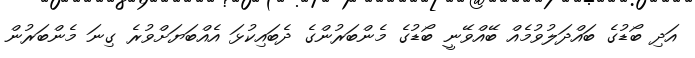
އަދި ބޯޑުގެ ބައްދަލުވުމެއް ބޭއްވޭނީ ބޯޑުގެ މެންބަރުންގެ ދެބައިކުޅަ އެއްބަޔަށްވުރެ ގިނަ މެންބަރުން